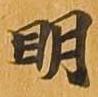
明